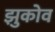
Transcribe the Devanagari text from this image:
झुकोव